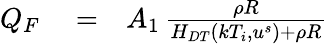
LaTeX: \begin{array}{rlr}{Q_{F}}&{{}=}&{A_{1}\, \frac{\rho R}{H_{DT}\left(kT_{i},u^{s}\right)+\rho R}}\end{array}